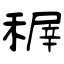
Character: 稺